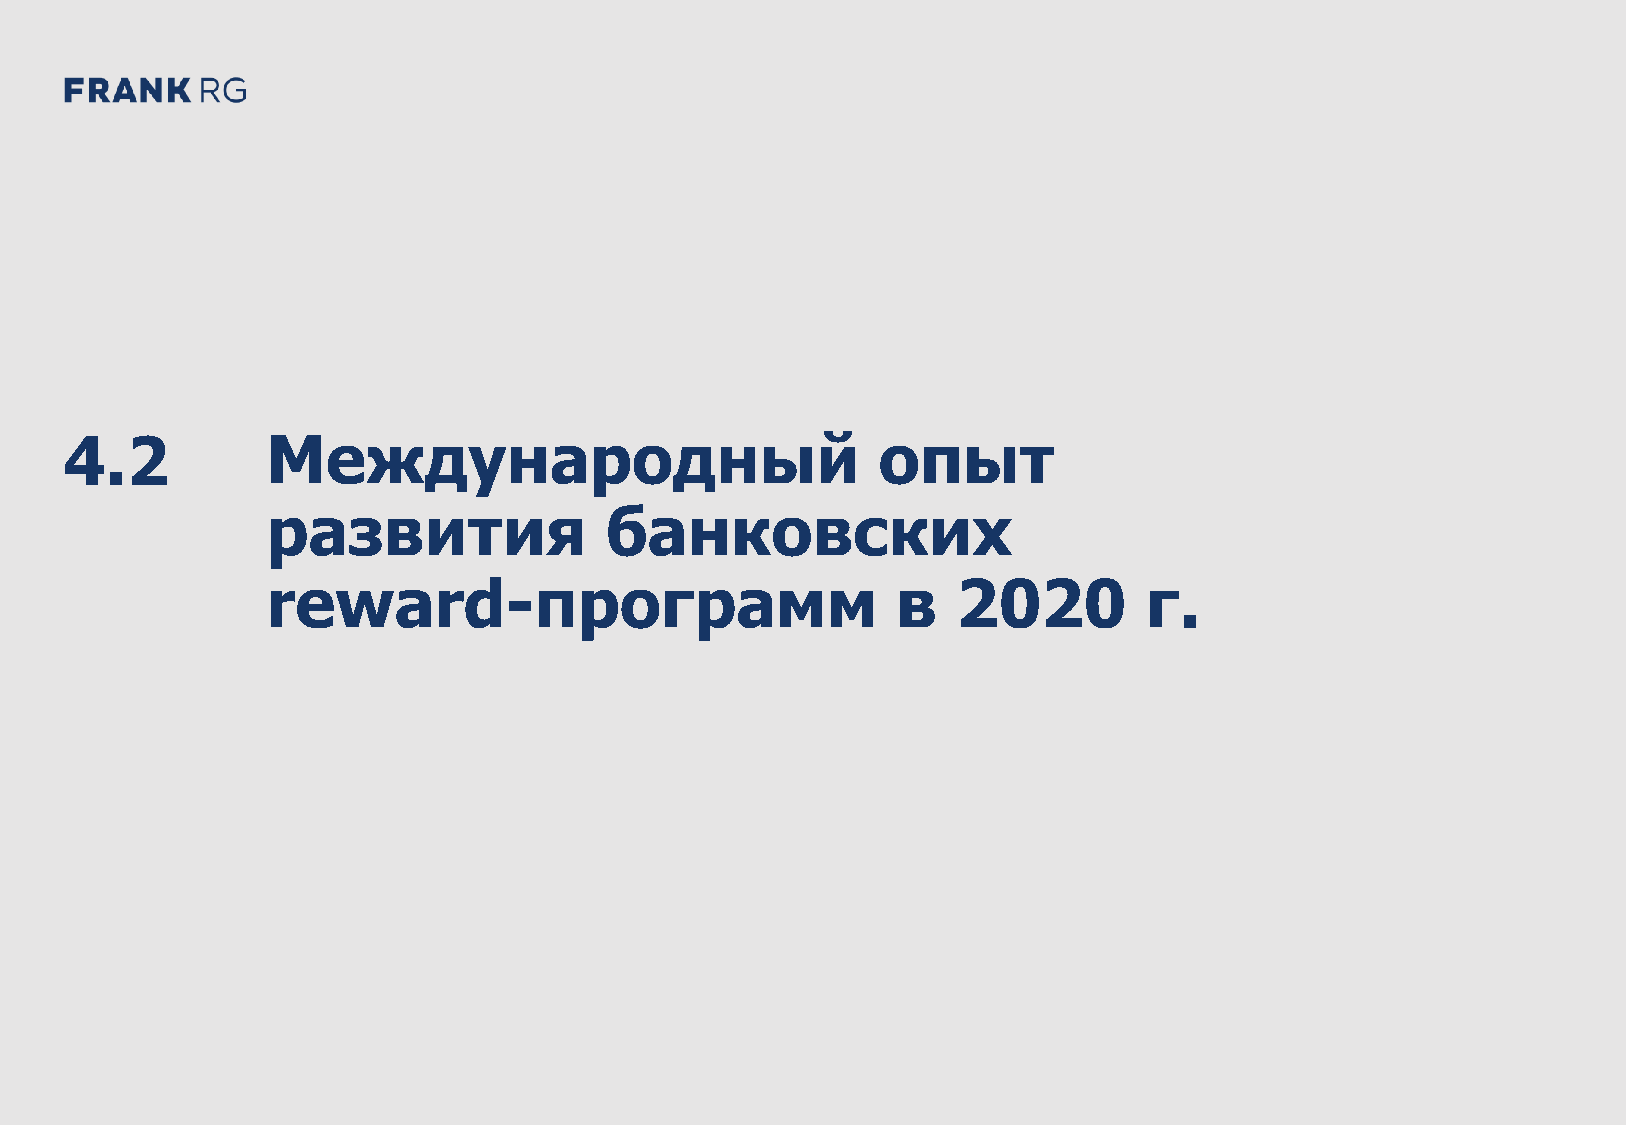
DEMO: Банковские дебетовые карты в России 2021 57
 4.2           Международный                           опыт
 развития              банковских
 reward-программ                          в   2020         г.
 O
 M
 E
 D
 1
 2
 C
 D
 G
 R
 F